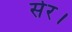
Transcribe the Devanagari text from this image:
सेर।